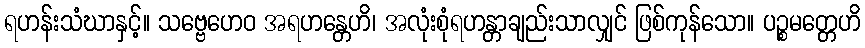
ရဟန်းသံဃာနှင့်။ သဗ္ဗေဟေဝ အရဟန္တေဟိ၊ အလုံးစုံရဟန္တာချည်းသာလျှင် ဖြစ်ကုန်သော။ ပဉ္စမတ္တေဟိ